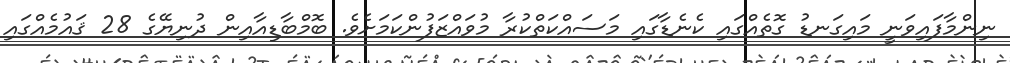
ނިންމާފައިވަނީ މައިގަނޑު ގޮތެއްގައި ކެނެޑާގައި މަސައްކަތްކުރާ މުވައްޒަފުންކަމަށެވެ. ބޮމްބާޑިއާއިން ދުނިޔޭގެ 28 ޤައުމެއްގައި